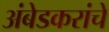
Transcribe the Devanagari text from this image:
अंबेडकरांचे